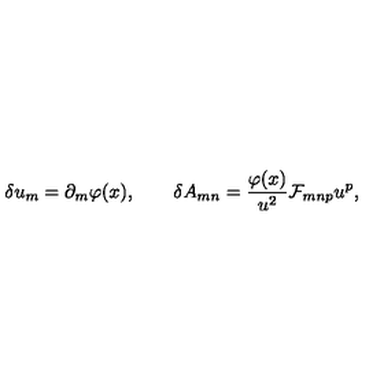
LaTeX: \delta u _ { m } = \partial _ { m } \varphi ( x ) , \qquad \delta A _ { m n } = { \frac { \varphi ( x ) } { u ^ { 2 } } } { \cal F } _ { m n p } u ^ { p } ,